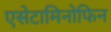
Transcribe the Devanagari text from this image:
एसेटामिनोफिन